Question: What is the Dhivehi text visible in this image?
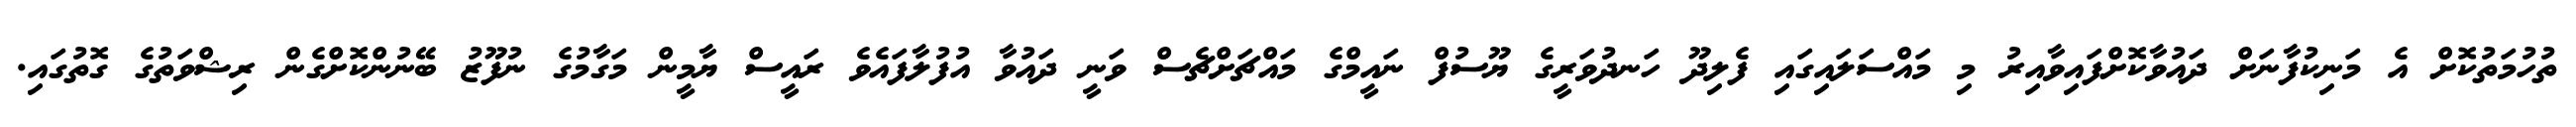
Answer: ތުހުމަތުކޮށް އެ މަނިކުފާނަށް ދައުވާކޮށްފައިވާއިރު މި މައްސަލައިގައި ފެލިދޫ ހަނދުވަރީގެ ޔޫސުފް ނައީމްގެ މައްޗަށްޗެސް ވަނީ ދައުވާ އުފުލާފައެވެ ރައީސް ޔާމީން މަގާމުގެ ނުފޫޒު ބޭނުންކޮށްގެން ރިޝްވަތުގެ ގޮތުގައި.